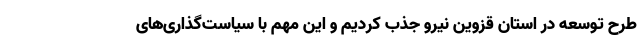
طرح توسعه در استان قزوین نیرو جذب کردیم و این مهم با سیاست‌گذاری‌های